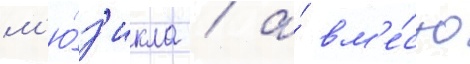
м'ю́з'икла / а́ вм'е́сто